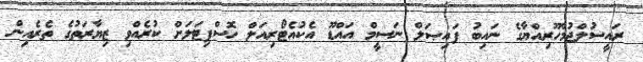
ރައީސުލްޖުމްހޫރިއްޔާގެ ނައިބު ފައިޞަލް ނަސީމް އައްޑޫ އެކުއެޓޯރިއަލް ހޮސްޕިޓަލަށް ކުރެއްވި ޒިޔާރަތުގެ ތެރެއިން